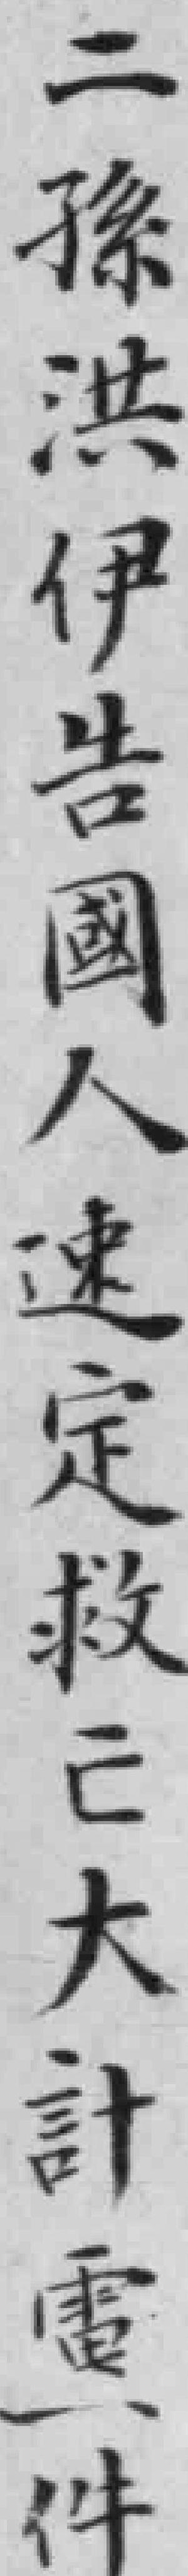
二孫洪伊告國人速定救亡大計電一件